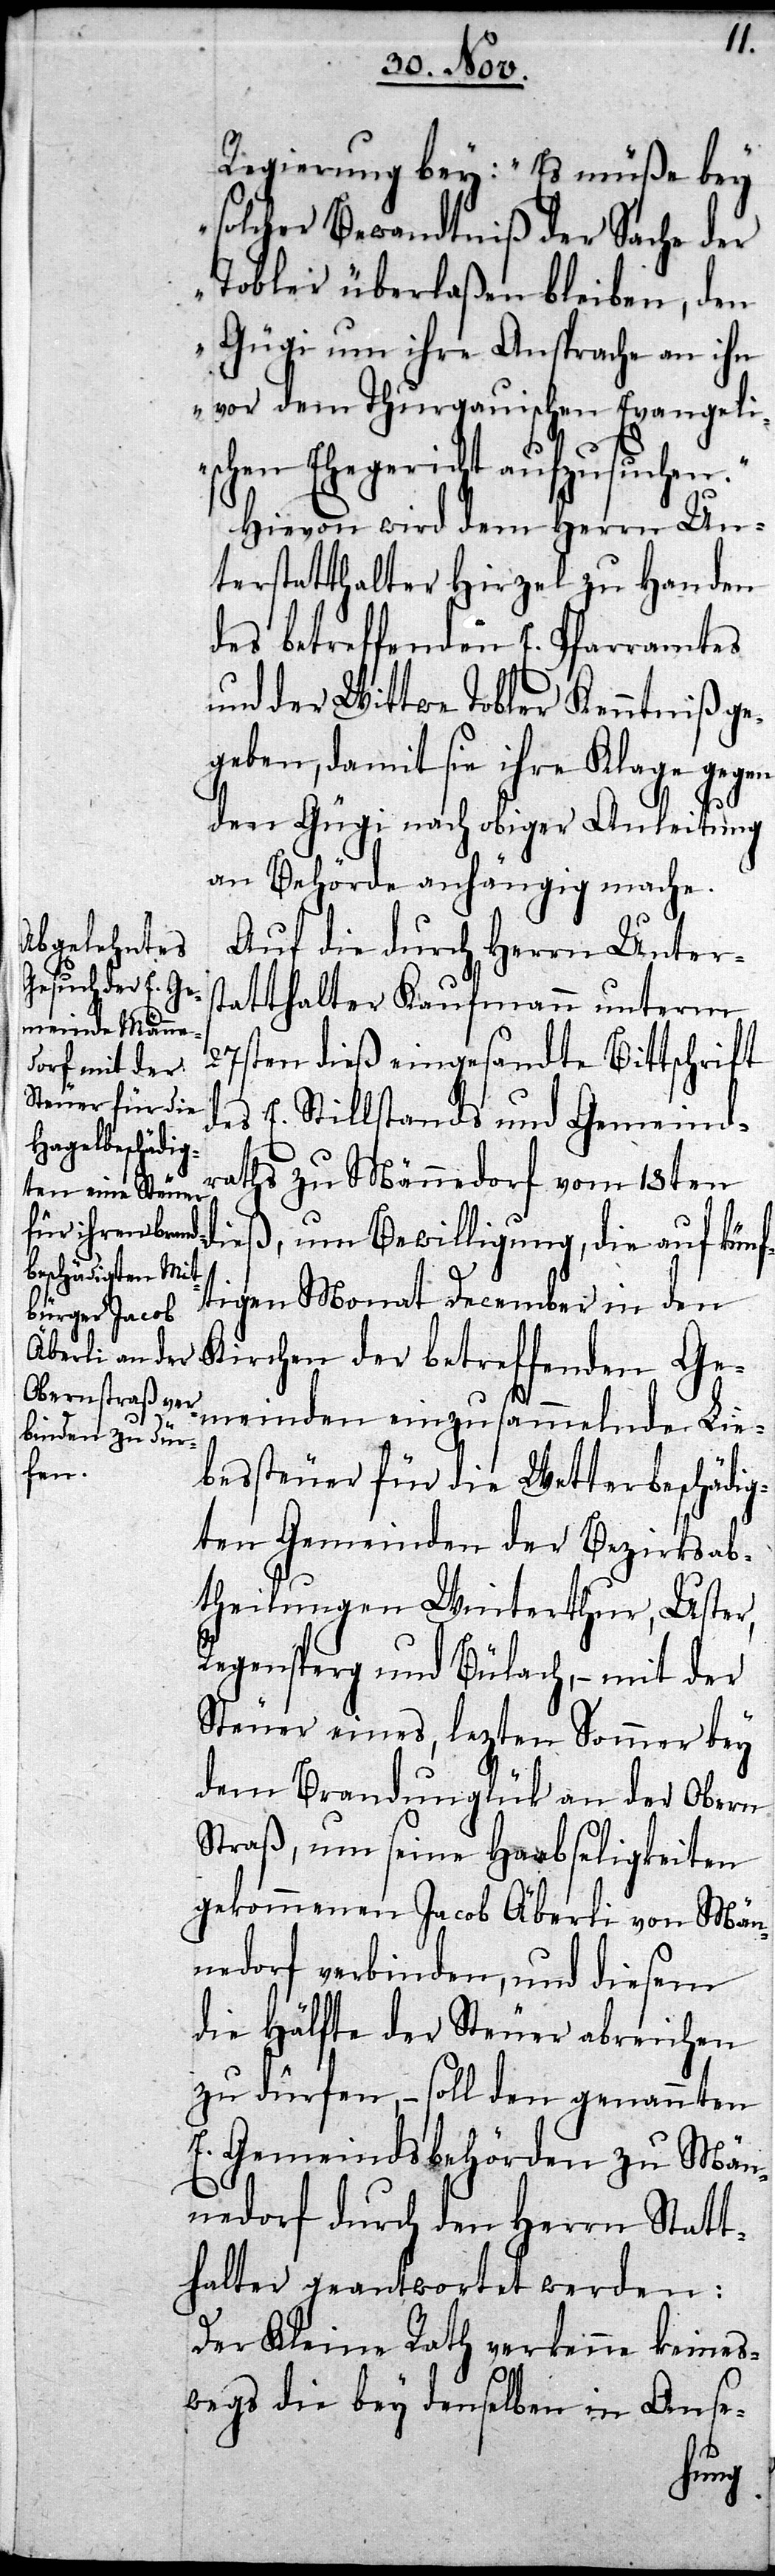
Regierung bey: „Es müße bey
solcher Bewandtniß der Sache der
Tobler überlaßen bleiben, den
Gügi um ihre Ansprache an ihn
vor dem Thurgauischen Evangeli¬
schen Ehegericht aufzusuchen.“
Hievon wird dem Herrn Un¬
terstatthalter Hirzel zu Handen
des betreffenden E. Pfarramtes
und der Wittwe Tobler Kenntniß ge¬
geben, damit sie ihre Klage gegen
den Gügi nach obiger Anleitung
an Behörde anhängig mache.
Auf die durch Herrn Unters¬
tatthalter Kaufmann unterm
27sten dieß eingesandte Bittschrift
des E. Stillstands und Gemeind¬
raths zu Männedorf vom 18ten
dieß, um Bewilligung, die auf künf¬
tigen Monat December in den
Kirchen der betreffenden Ge¬
meinden einzusammelnde Lie¬
bessteuer für die Wetterbeschädig¬
ten Gemeinden der Bezirksab¬
theilungen Winterthur, Uster,
Regensperg, und Bülach, – mit der
Steuer eines, lezten Sommer bey
dem Brandunglück an der Obern
Straß, um seine Haabseligkeiten
gekommenen Jacob Äberli von Män¬
nedorf verbinden, und diesem
die Hälfte der Steuer abreichen
zu dürfen, – soll den genannten
E. Gemeindsbehörden zu Män¬
nedorf durch den Herrn Statt¬
halter geantwortet werden:
Der Kleine Rath verkenne keines¬
wegs die bey denselben in Anse-